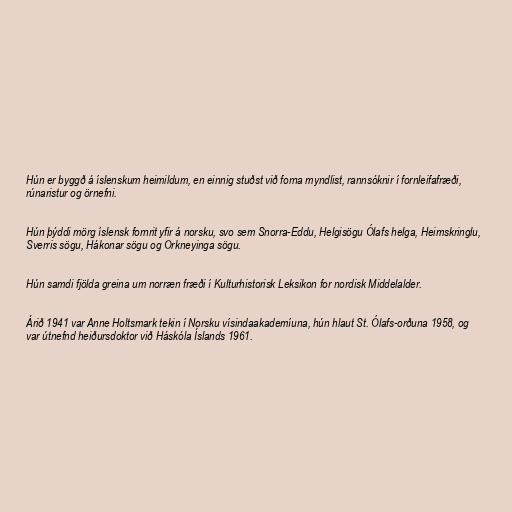
Hún er byggð á íslenskum heimildum, en einnig stuðst við forna myndlist, rannsóknir í fornleifafræði,
rúnaristur og örnefni.

Hún þýddi mörg íslensk fornrit yfir á norsku, svo sem Snorra-Eddu, Helgisögu Ólafs helga, Heimskringlu,
Sverris sögu, Hákonar sögu og Orkneyinga sögu.

Hún samdi fjölda greina um norræn fræði í Kulturhistorisk Leksikon for nordisk Middelalder.

Árið 1941 var Anne Holtsmark tekin í Norsku vísindaakademíuna, hún hlaut St. Ólafs-orðuna 1958, og
var útnefnd heiðursdoktor við Háskóla Íslands 1961.